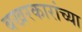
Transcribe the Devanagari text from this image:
बखरकारांच्या